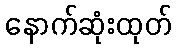
နောက်ဆုံးထုတ်